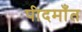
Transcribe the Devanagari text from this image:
पीदमाँत